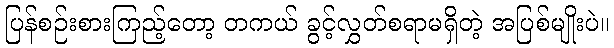
ပြန်စဉ်းစားကြည့်တော့ တကယ် ခွင့်လွှတ်စရာမရှိတဲ့ အပြစ်မျိုးပဲ။